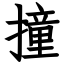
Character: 撞